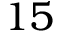
1 5